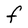
Character: F